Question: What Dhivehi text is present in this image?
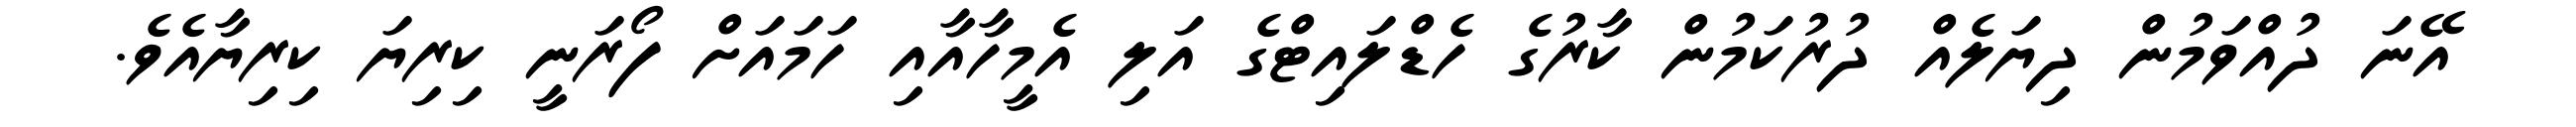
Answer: އޭނަ ދުއްވަމުން ދިޔަލެއް ދުރުކަމުން ކާރުގެ ހެޑްލައިޓްގެ އަލި އެމީހާއާއި ހަމައަށް ފޯރަނީ ކިރިޔަ ކިރިޔާއެވެ.